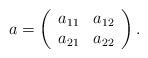
LaTeX: \begin{align*}a = \left(\begin{array}{cc}a_{11} & a_{12} \\a_{21} & a_{22}\end{array} \right). \end{align*}